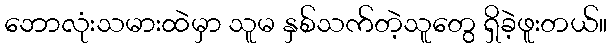
ဘောလုံးသမားထဲမှာ သူမ နှစ်သက်တဲ့သူတွေ ရှိခဲ့ဖူးတယ်။